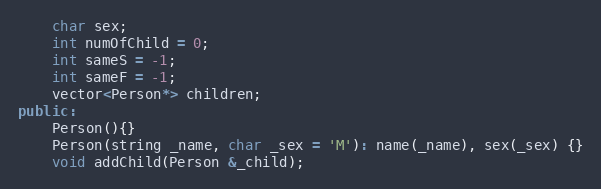
Language: C++
	char sex;
	int numOfChild = 0;
	int sameS = -1;
	int sameF = -1;
	vector<Person*> children;
public:
	Person(){}
	Person(string _name, char _sex = 'M'): name(_name), sex(_sex) {}
	void addChild(Person &_child);